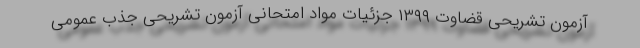
آزمون تشریحی قضاوت ۱۳۹۹ جزئیات مواد امتحانی آزمون تشریحی جذب عمومی